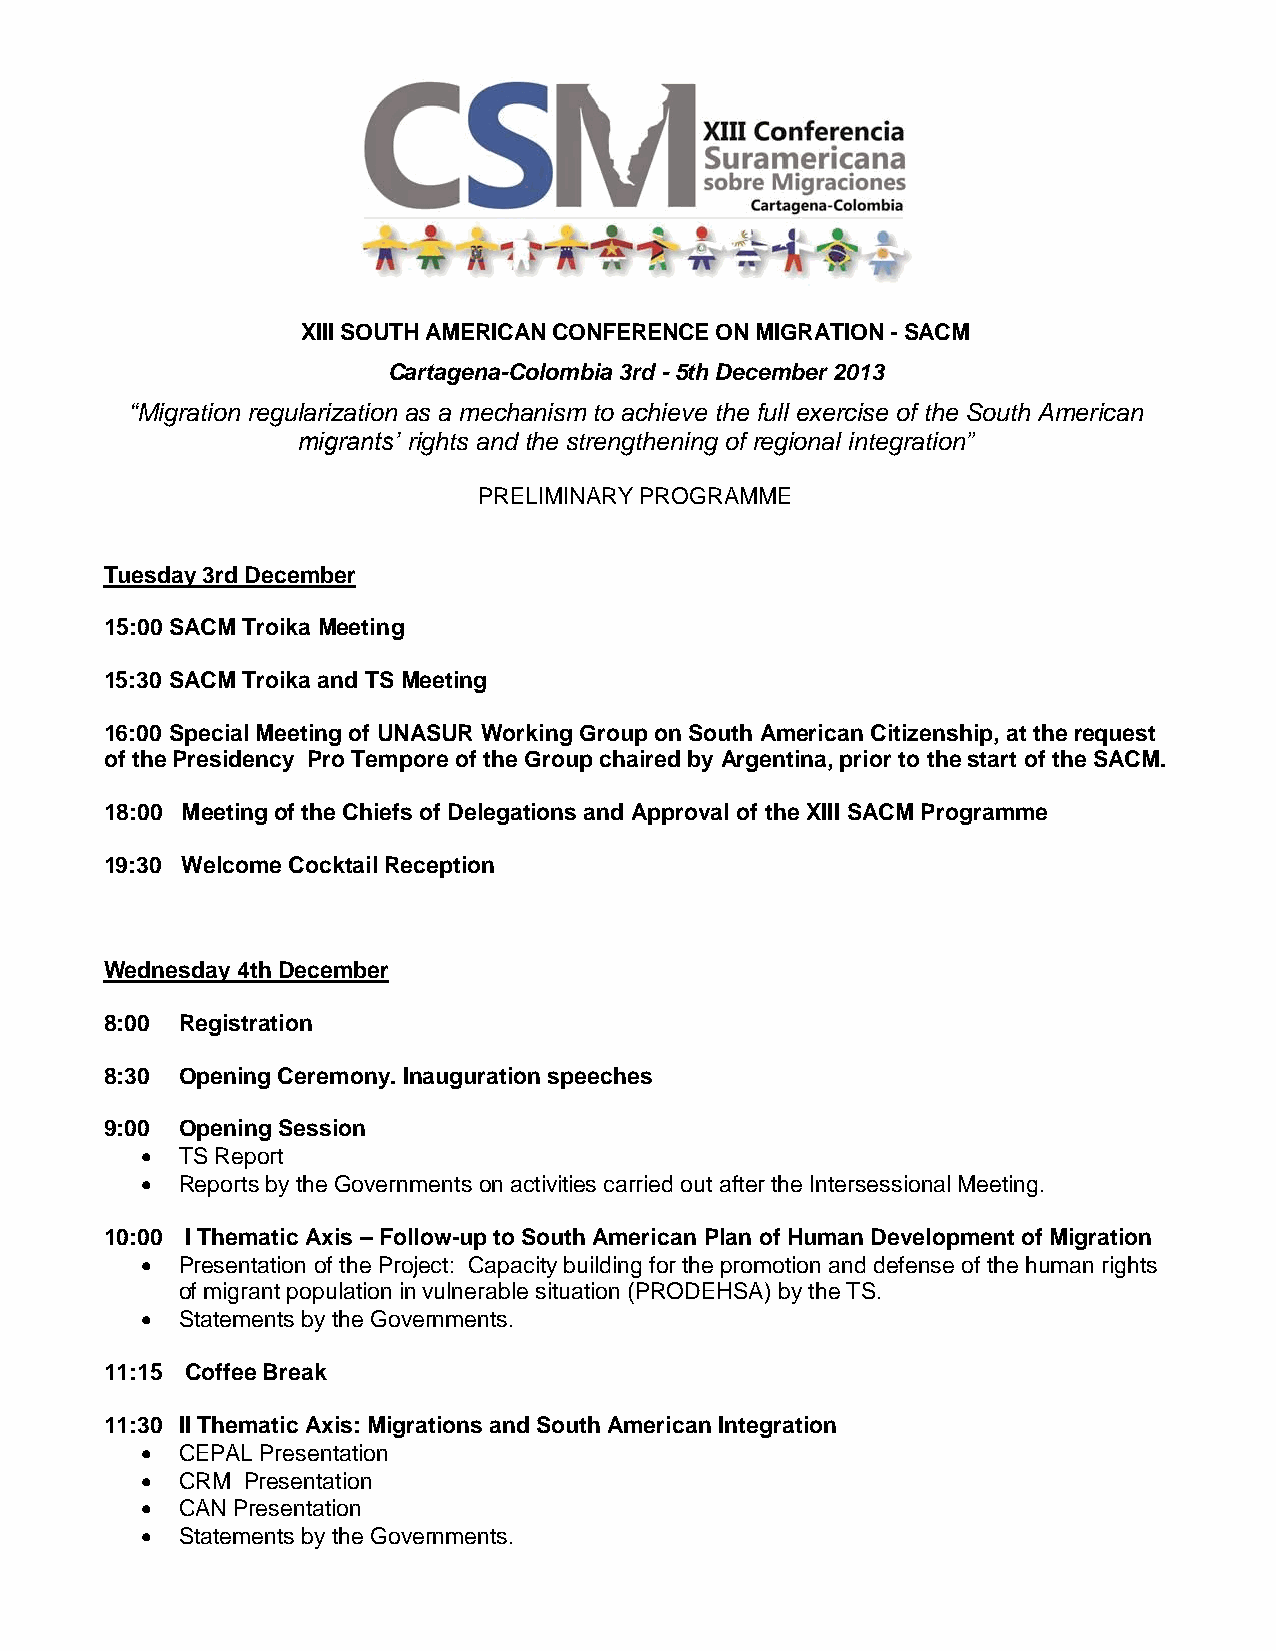
XIII SOUTH AMERICAN CONFERENCE ON MIGRATION - SACM
 Cartagena-Colombia 3rd - 5th December 2013
 “Migration regularization as a mechanism to achieve the full exercise of the South American
 migrants’ rights and the strengthening of regional integration”
 PRELIMINARY PROGRAMME
 Tuesday 3rd December
 15:00 SACM Troika Meeting
 15:30 SACM Troika and TS Meeting
 16:00 Special Meeting of UNASUR Working Group on South American Citizenship, at the request
 of the Presidency Pro Tempore of the Group chaired by Argentina, prior to the start of the SACM.
 18:00 Meeting of the Chiefs of Delegations and Approval of the XIII SACM Programme
 19:30 Welcome Cocktail Reception
 Wednesday 4th December
 8:00 Registration
 8:30 Opening Ceremony. Inauguration speeches
 9:00 Opening Session
   TS Report
   Reports by the Governments on activities carried out after the Intersessional Meeting.
 10:00 I Thematic Axis – Follow-up to South American Plan of Human Development of Migration
   Presentation of the Project: Capacity building for the promotion and defense of the human rights
 of migrant population in vulnerable situation (PRODEHSA) by the TS.
   Statements by the Governments.
 11:15 Coffee Break
 11:30 II Thematic Axis: Migrations and South American Integration
   CEPAL Presentation
   CRM Presentation
   CAN Presentation
   Statements by the Governments.